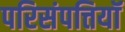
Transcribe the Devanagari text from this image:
परिसंपत्तियॉ